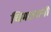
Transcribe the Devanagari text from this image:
चिमट्यांनी